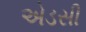
એડસી